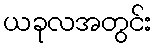
ယခုလအတွင်း